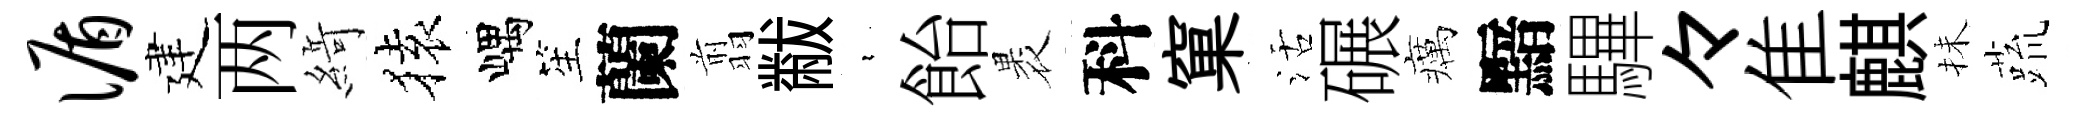
循建两𦂶𫞤嵎笙蘭翦黻裊飴褁科窠活碾癘黯驆々隹麒抺蔬